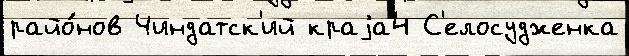
райо́нов Чиндатск'ий краjа4 С'елосудженка